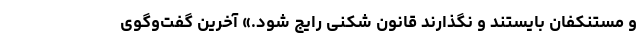
و مستنکفان بایستند و نگذارند قانون شکنی رایج شود.» آخرین گفت‌وگوی